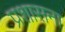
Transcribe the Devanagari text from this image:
प्रशासना